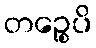
တဉ္စေပိ